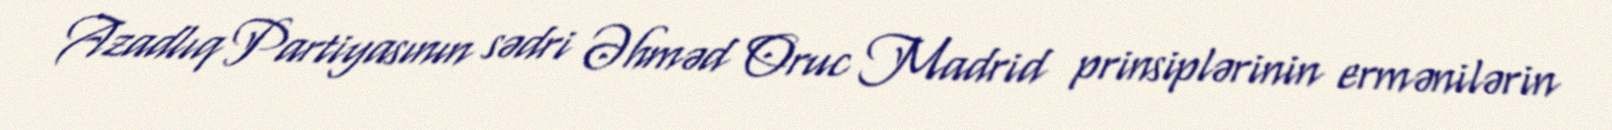
Azadlıq Partiyasının sədri Əhməd Oruc Madrid prinsiplərinin ermənilərin